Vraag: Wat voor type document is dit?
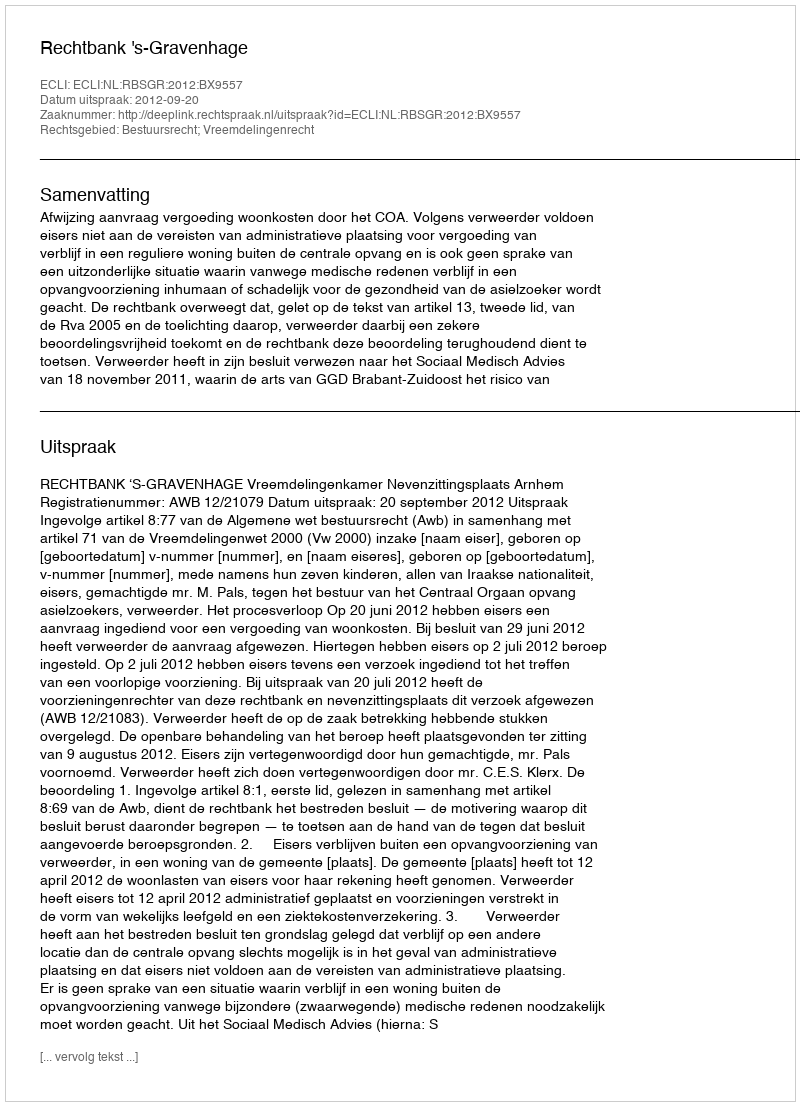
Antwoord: Uitspraak